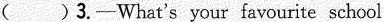
( )3.-What's your favourite school